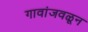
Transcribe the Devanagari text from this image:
गावांजवळून